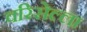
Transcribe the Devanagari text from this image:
वरिसेल्ला